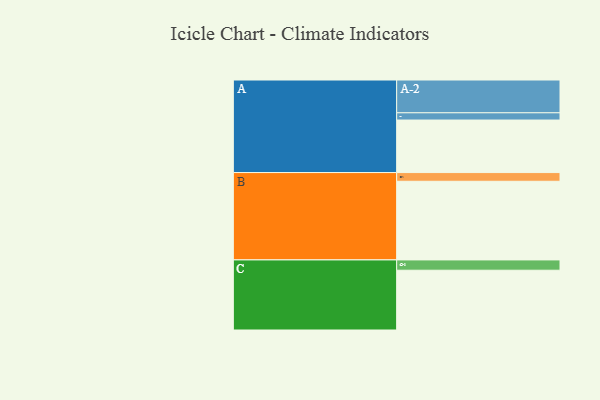
{"axis": {"x": "Segment", "y": "Value"}, "legend": ["", "A", "B", "C"], "data": [{"x": "A", "y": 362, "type": ""}, {"x": "B", "y": 542, "type": ""}, {"x": "C", "y": 412, "type": ""}, {"x": "A-1", "y": 50, "type": "A"}, {"x": "A-2", "y": 226, "type": "A"}, {"x": "B-1", "y": 60, "type": "B"}, {"x": "C-1", "y": 71, "type": "C"}]}